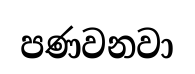
පණවනවා